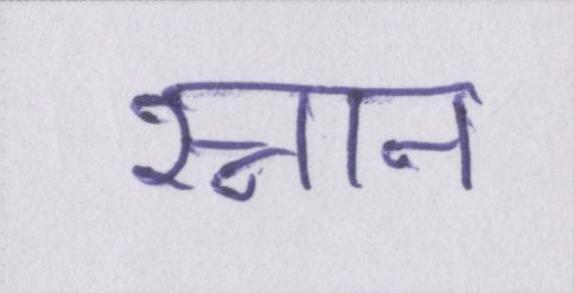
स्नान